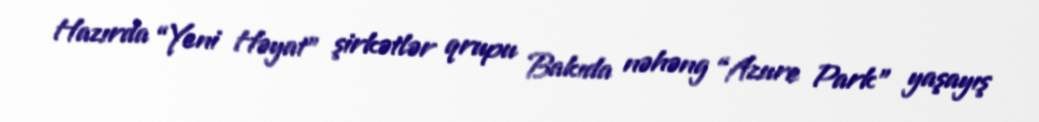
Hazırda “Yeni Həyat” şirkətlər qrupu Bakıda nəhəng “Azure Park” yaşayış